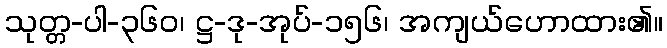
သုတ္တ-ပါ-၃၆၀၊ ဋ္ဌ-ဒု-အုပ်-၁၅၆၊ အကျယ်ဟောထား၏။